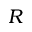
R